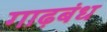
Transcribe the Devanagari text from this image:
गाढ़बंध